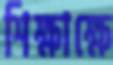
শিক্ষাক্ষে